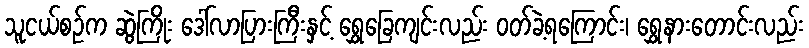
သူငယ်စဉ်က ဆွဲကြိုး ဒေါ်လာပြားကြီးနှင့် ရွှေခြေကျင်းလည်း ဝတ်ခဲ့ရကြောင်း၊ ရွှေနားတောင်းလည်း